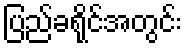
ပြည်ခရိုင်အတွင်း